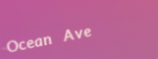
Ocean Ave